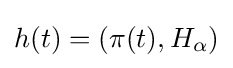
h(t)=(\pi (t),H_{\alpha })